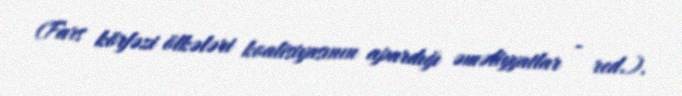
(Fars körfəzi ölkələri koalisiyasının apardığı əməliyyatlar - red.).